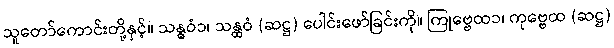
သူတော်ကောင်းတို့နှင့်။ သန္ဓဝံ၁၊ သန္ထဝံ (ဆဋ္ဌ) ပေါင်းဖော်ခြင်းကို။ ကြုဗ္ဗေထ၁၊ ကုဗ္ဗေထ (ဆဋ္ဌ)